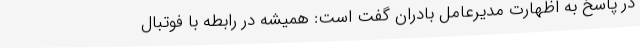
در پاسخ به اظهارت مدیرعامل بادران گفت است: همیشه در رابطه با فوتبال